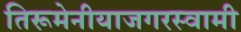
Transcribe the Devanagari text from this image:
तिरूमेनीयाजगरस्वामी